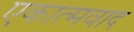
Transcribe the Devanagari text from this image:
एकात्मवाद